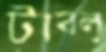
টাবলু